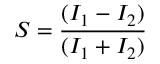
S = \frac { ( I _ { 1 } - I _ { 2 } ) } { ( I _ { 1 } + I _ { 2 } ) }